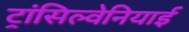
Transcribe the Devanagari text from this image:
ट्रांसिल्वेनियाई